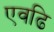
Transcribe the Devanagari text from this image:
एवढि